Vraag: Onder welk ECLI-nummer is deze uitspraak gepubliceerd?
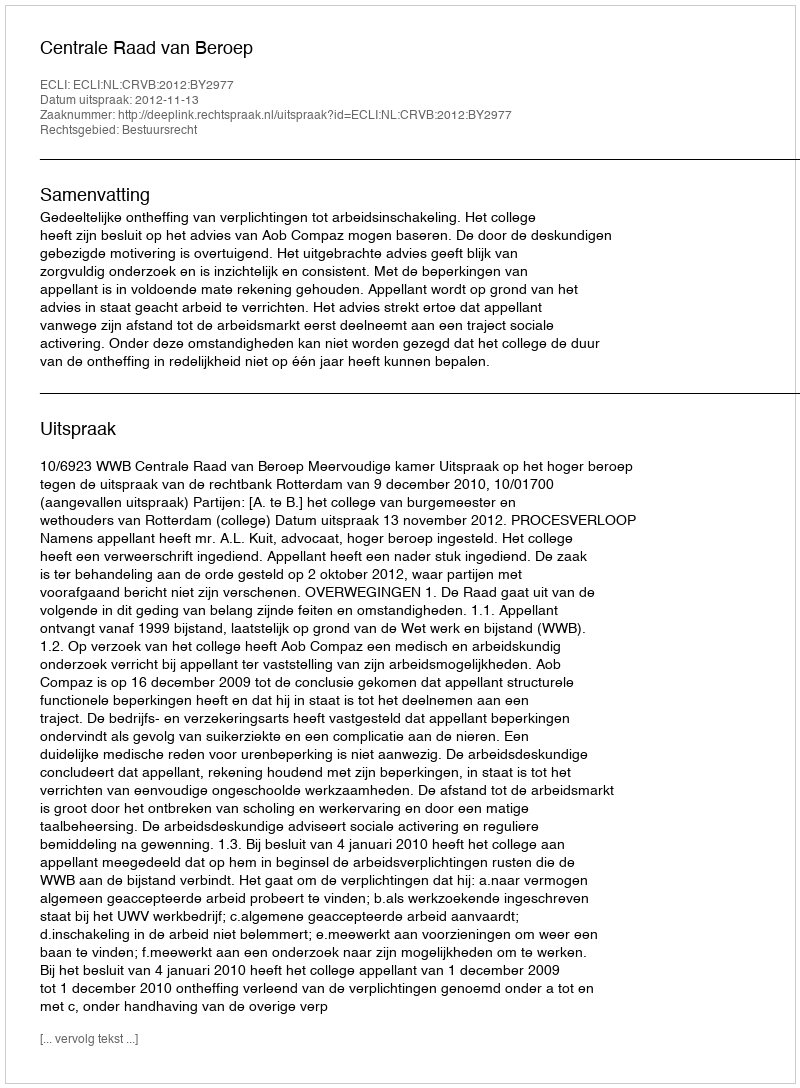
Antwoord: ECLI:NL:CRVB:2012:BY2977